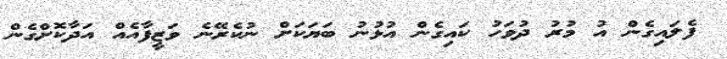
ފެލައިގެން އު މުރު ދުވަހު ކައިގެން އުޅުނު ބަޔަކަށް ނުކެރޭނެ ވަޒީފާއެއް އަދާކޮށްގެން